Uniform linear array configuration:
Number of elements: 32
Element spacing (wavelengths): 0.75
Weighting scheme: hamming
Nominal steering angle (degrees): -15
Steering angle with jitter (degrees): -13.983
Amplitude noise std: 0.05
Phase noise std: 0.05

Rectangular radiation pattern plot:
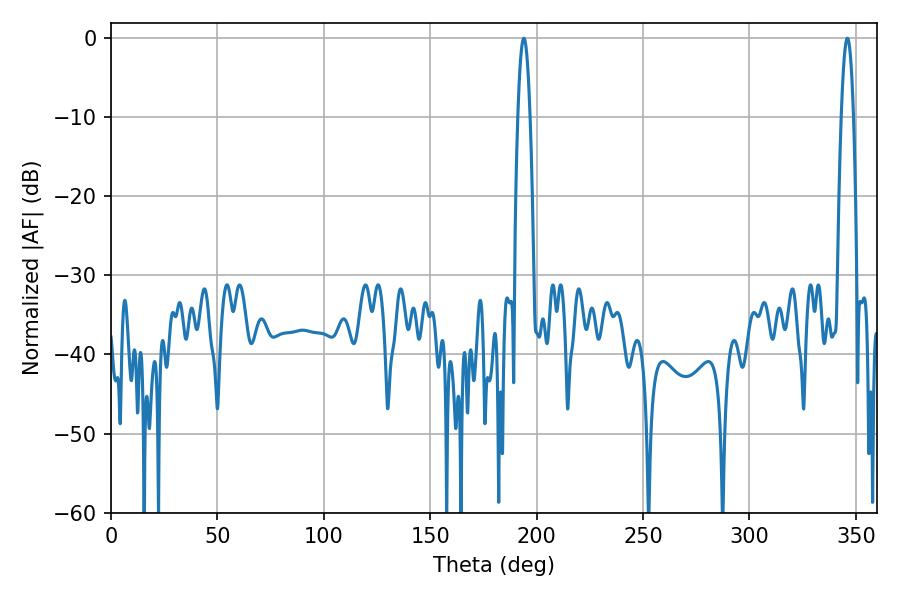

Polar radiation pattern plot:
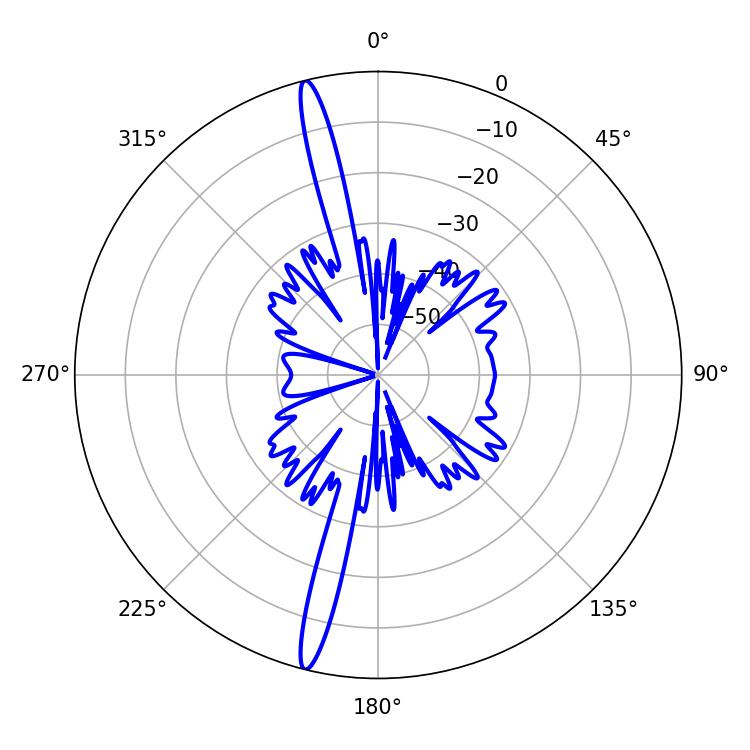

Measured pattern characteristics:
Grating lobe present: TRUE
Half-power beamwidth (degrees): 3.06
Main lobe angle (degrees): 345.96